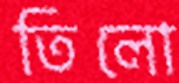
তিলো